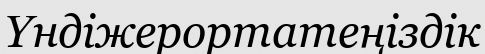
Үндіжерортатеңіздік